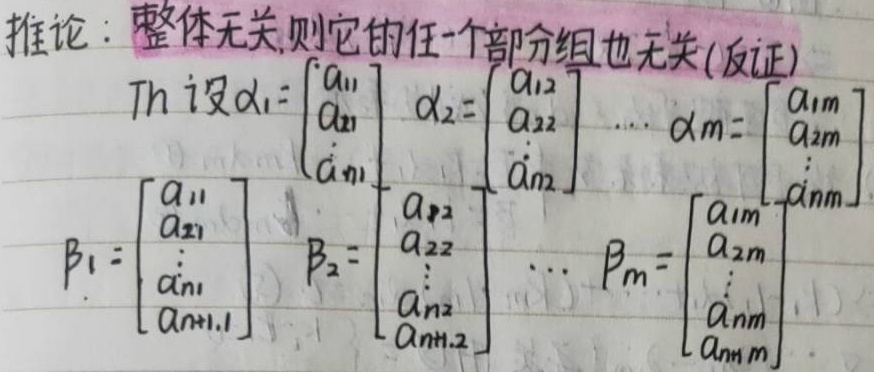
推论：整体无关，则它的任一个部分组也无关(反证)
Th 设
\(\alpha_1=\begin{bmatrix}a_{11}\\a_{21}\\\vdots\\a_{n1}\end{bmatrix}\)，
\(\alpha_2=\begin{bmatrix}a_{12}\\a_{22}\\\vdots\\a_{n2}\end{bmatrix}\)，
\(\cdots\)，
\(\alpha_m=\begin{bmatrix}a_{1m}\\a_{2m}\\\vdots\\a_{nm}\end{bmatrix}\)

\(\beta_1=\begin{bmatrix}a_{11}\\a_{21}\\\vdots\\a_{n1}\\a_{n + 1,1}\end{bmatrix}\)，
\(\beta_2=\begin{bmatrix}a_{12}\\a_{22}\\\vdots\\a_{n2}\\a_{n + 1,2}\end{bmatrix}\)，
\(\cdots\)，
\(\beta_m=\begin{bmatrix}a_{1m}\\a_{2m}\\\vdots\\a_{nm}\\a_{n + 1,m}\end{bmatrix}\)